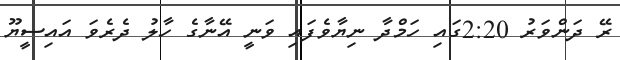
ރޭ ދަންވަރު 2:20ގައި ހަމްދާ ނިޔާވެފައި ވަނީ އޭނާގެ ހާލު ދެރެވަ އައިސީޔޫ